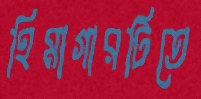
হিমাগারটিতে